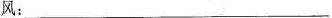
风：___